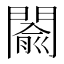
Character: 𨵦